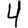
Digit: 4